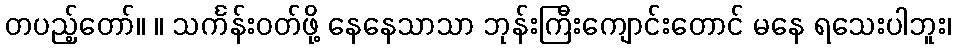
တပည့်တော်။ ။ သင်္ကန်းဝတ်ဖို့ နေနေသာသာ ဘုန်းကြီးကျောင်းတောင် မနေ ရသေးပါဘူး၊